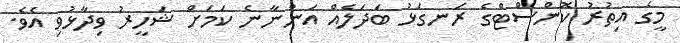
މީގެ އިތުރު ކޮންސްޓްގެ ރަނގަޅު ބަދަލެއް އަންނާނެ ކަމަށް ޝަހީރު ވިދާޅުވި އެވެ.